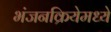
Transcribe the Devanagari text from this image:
भंजनक्रियेमध्ये